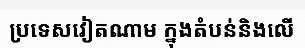
ប្រទេសវៀតណាម ក្នុងតំបន់និងលើ